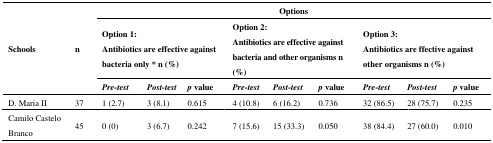
| <ROWSPAN=3> Schools | <ROWSPAN=3> n | <COLSPAN=9> Options |
 | <COLSPAN=3> Option 1: Antibiotics are effective against bacteria only * n (%) | <COLSPAN=3> Option 2: Antibiotics are effective against bacteria and other organisms n (%) | <COLSPAN=3> Option 3: Antibiotics are ffective against other organisms n (%) |
 | Pre-test | Post-test | p value | Pre-test | Post-test | p value | Pre-test | Post-test | p value |
 | --- | --- | --- | --- | --- | --- | --- | --- | --- | --- | --- |
 | D. Maria II | 37 | 1 (2.7) | 3 (8.1) | 0.615 | 4 (10.8) | 6 (16.2) | 0.736 | 32 (86.5) | 28 (75.7) | 0.235 |
 | Camilo Castelo Branco | 45 | 0 (0) | 3 (6.7) | 0.242 | 7 (15.6) | 15 (33.3) | 0.050 | 38 (84.4) | 27 (60.0) | 0.010 |